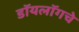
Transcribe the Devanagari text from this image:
डॉयलॉगचे